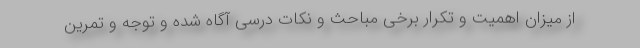
از میزان اهمیت و تکرار برخی مباحث و نکات درسی آگاه شده و توجه و تمرین